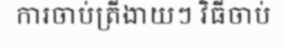
ការចាប់ត្រីងាយៗ វិធីចាប់